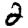
Digit: 2